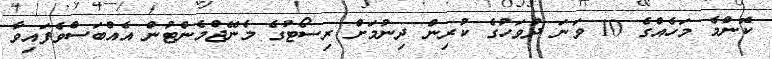
ކޮންމެ މަހެއްގެ 10 ވަނަ ދުވަހުގެ ކުރިން ދިނުމަށް ރިސޯޓުގެ މެނޭޖްމެންޓުން އެއްބަސްވެފައިވާ